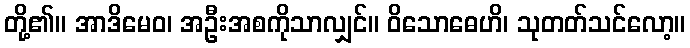
တို့၏။ အာဒိမေဝ၊ အဦးအစကိုသာလျှင်။ ဝိသောဓေဟိ၊ သုတတ်သင်လော့။